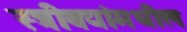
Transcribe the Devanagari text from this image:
स्त्रीवद्यांमधील